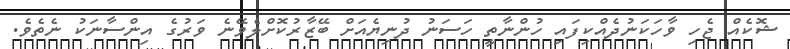
ޝޮކެއް ޖެހި ވާހަކަނުދެއްކިފައި ހުންނާތީ ހަސަނު ދުނިޔެއަށް ބޭޒާރުކޮށްލެވޭނެ ވަރުގެ އިންސާނަކު ނެތެވެ.